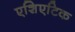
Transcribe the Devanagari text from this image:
एशिएटिक